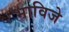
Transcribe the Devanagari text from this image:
भाविजे